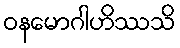
ဝနမောဂါဟိဿသိ